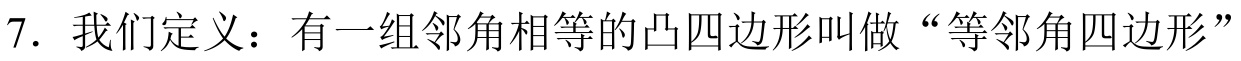
7. 我们定义：有一组邻角相等的凸四边形叫做“等邻角四边形”